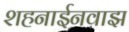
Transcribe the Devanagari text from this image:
शहनाईनवाझ